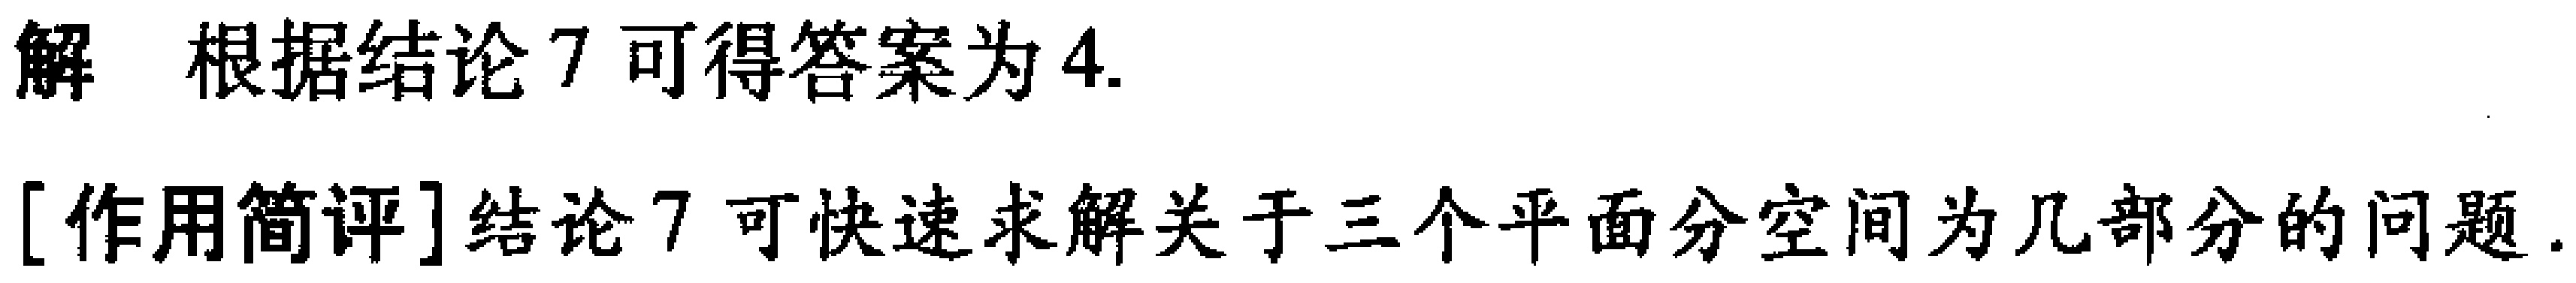
解 根据结论7可得答案为4.
[作用简评]结论7可快速求解关于三个平面分空间为几部分的问题.